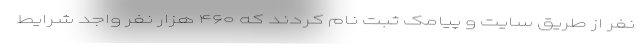
نفر از طریق سایت و پیامک ثبت نام کردند که ۴۶۰ هزار نفر واجد شرایط